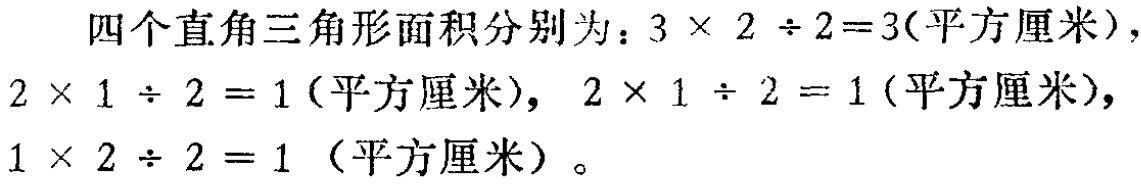
四个直角三角形面积分别为：\(3\times 2\div 2 = 3(\text{平方厘米})\)，\(2\times 1\div 2 = 1(\text{平方厘米})\)，\(2\times 1\div 2 = 1(\text{平方厘米})\)，\(1\times 2\div 2 = 1 (\text{平方厘米})\)。